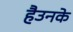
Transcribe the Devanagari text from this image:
हैउनके